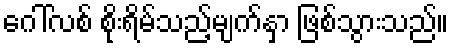
ဂေါ်လစ် စိုးရိမ်သည့်မျက်နှာ ဖြစ်သွားသည်။